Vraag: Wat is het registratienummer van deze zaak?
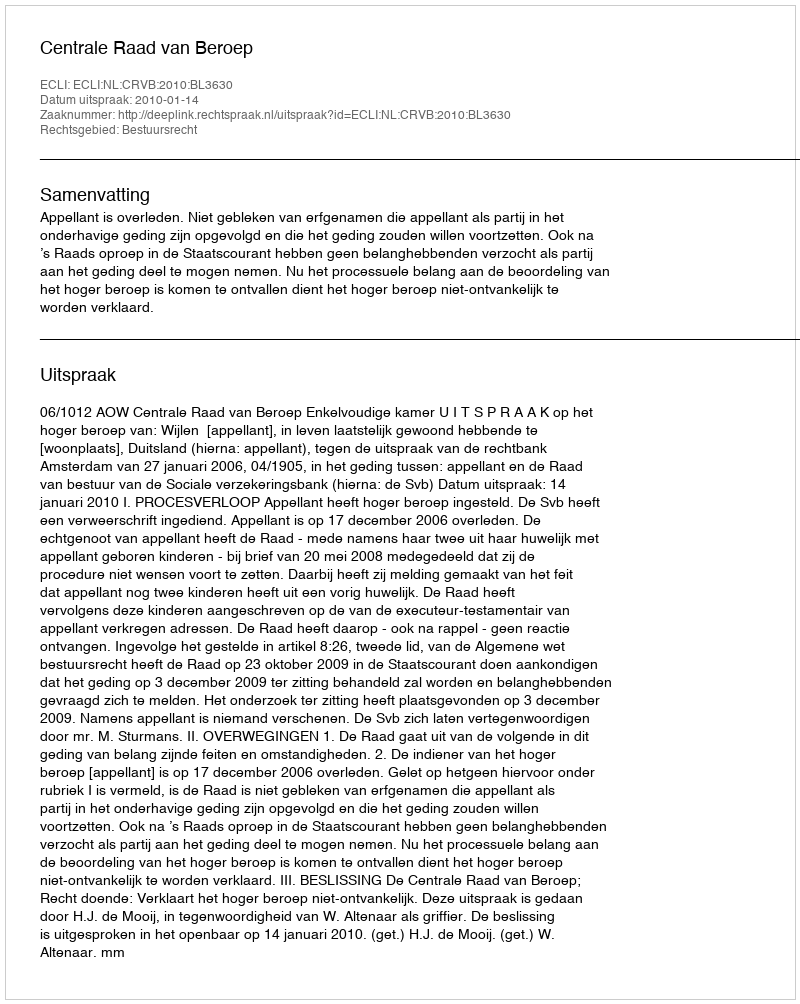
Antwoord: http://deeplink.rechtspraak.nl/uitspraak?id=ECLI:NL:CRVB:2010:BL3630